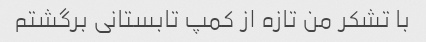
با تشکر من تازه از کمپ تابستانی برگشتم